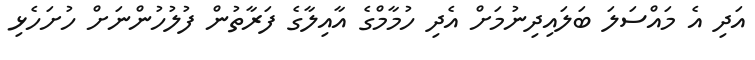
އަދި އެ މައްސަލަ ބަލައިދިނުމަށް އެދި ހުމާމްގެ އާއިލާގެ ފަރާތުން ފުލުހުންނަށް ހުށަހެޅި